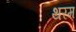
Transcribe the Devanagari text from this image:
थरम